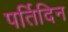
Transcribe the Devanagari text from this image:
पर्तिदिन